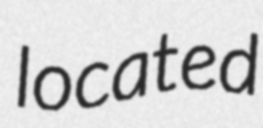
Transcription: located